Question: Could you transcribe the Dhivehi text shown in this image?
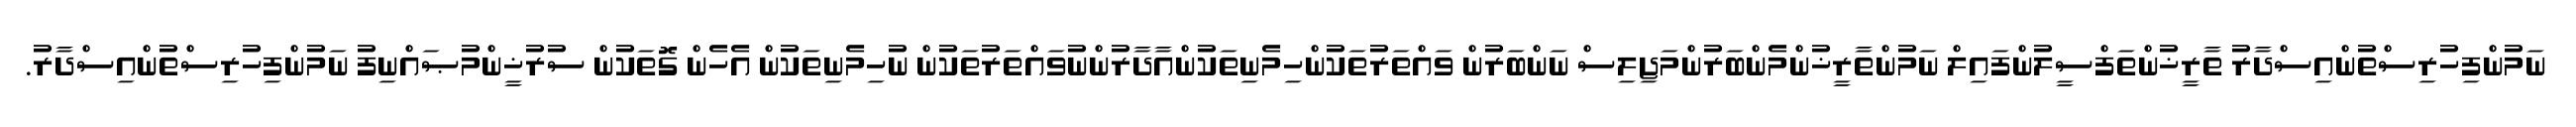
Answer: ނަމުންފިހުރިސްތުންއިސްދާރު ތާރީޚުންތަފްސީލުންފައިލް ނަމުންތާރީޚުންމެންބަރުންމަޖިލިސް ނަންބަރުން ވައްތަރުތަކުންހިމެނިތަކުންއާދާރުންނުވައްތަރުތަކުން ނުހިމެނިތަކުން އެހެން ގޮތަކުން ސުރުޚީންމުޞައްނިފު ނަމުންފިހުރިސްތުންއިސްދާރު.